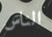
الناس